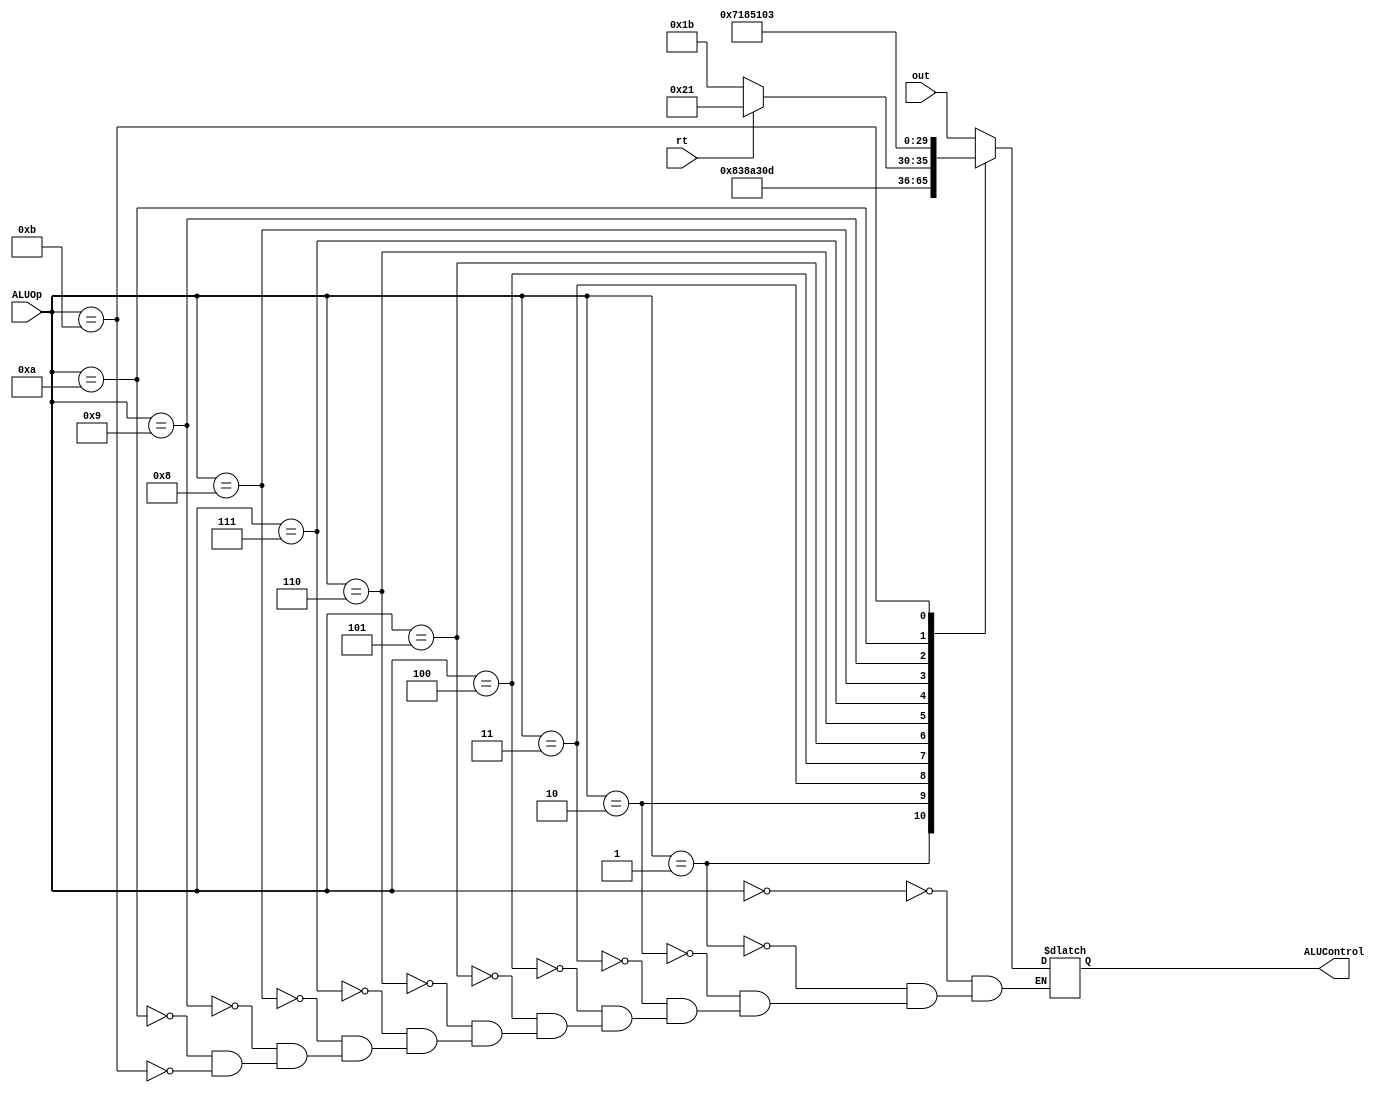
`timescale 1ns / 1ps

module ALUControl(out,ALUOp, rt, ALUControl);

    input rt; //take least significant bit of rt register (16th bit)
    input [5:0] out; //output from the sign extender
    input [3:0] ALUOp;    
    output reg [5:0] ALUControl; // control bits for ALU operation
                      // you need to adjust the bitwidth as needed

    initial begin
        ALUControl <= 0;
    end    

    always @(*)begin
        
    case(ALUOp)
    4'b0000: //R-type
    begin
    ALUControl <= out;
    end

    4'b0001://addi, lw, sw, lh, sh, lb, sb
    begin
    ALUControl <= 6'b001000;
    end
    4'b0010://XORi
    begin
    ALUControl <= 6'b001110;
    end
    4'b0011://slti
    begin
    ALUControl <= 6'b001010;
    end
    4'b0100://ANDi
    begin
    ALUControl <= 6'b001100;
    end
    4'b0101://ORi
    begin
    ALUControl <= 6'b001101;
    end
    4'b0110: //BGEZ, BLTZ
    begin
    if (rt==1)
    ALUControl <= 6'b100001; //BGEZ
    else
    ALUControl <= 6'b011011; //BLTZ
    end
    4'b0111: //BGTZ
    begin
    ALUControl <= 6'b000111;
    end
    4'b1000://BLEZ
    begin
    ALUControl <= 6'b000110;
    end
    4'b1001://bne
    begin
    ALUControl <= 6'b000101;
    end
    4'b1010://beq
    begin
    ALUControl <= 6'b000100;
    end
    4'b1011://mul
    begin
    ALUControl <= 6'b000011;
    end

    endcase
    end


endmodule